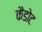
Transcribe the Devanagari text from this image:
कैडोट